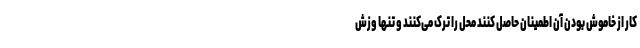
کار از خاموش بودن آن اطمینان حاصل کنند محل را ترک می‌کنند و تنها وزش